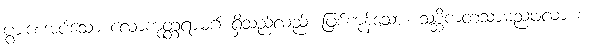
ပွားစေအပ်သော လောကုတ္တရာမဂ် ရှိသည်လည်း ဖြစ်ကုန်သော။ သစ္ဆိကတသာမညဖလာ စ၊